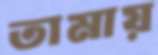
তামায়